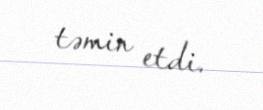
təmin etdi.